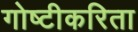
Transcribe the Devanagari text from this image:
गोष्टीकरिता